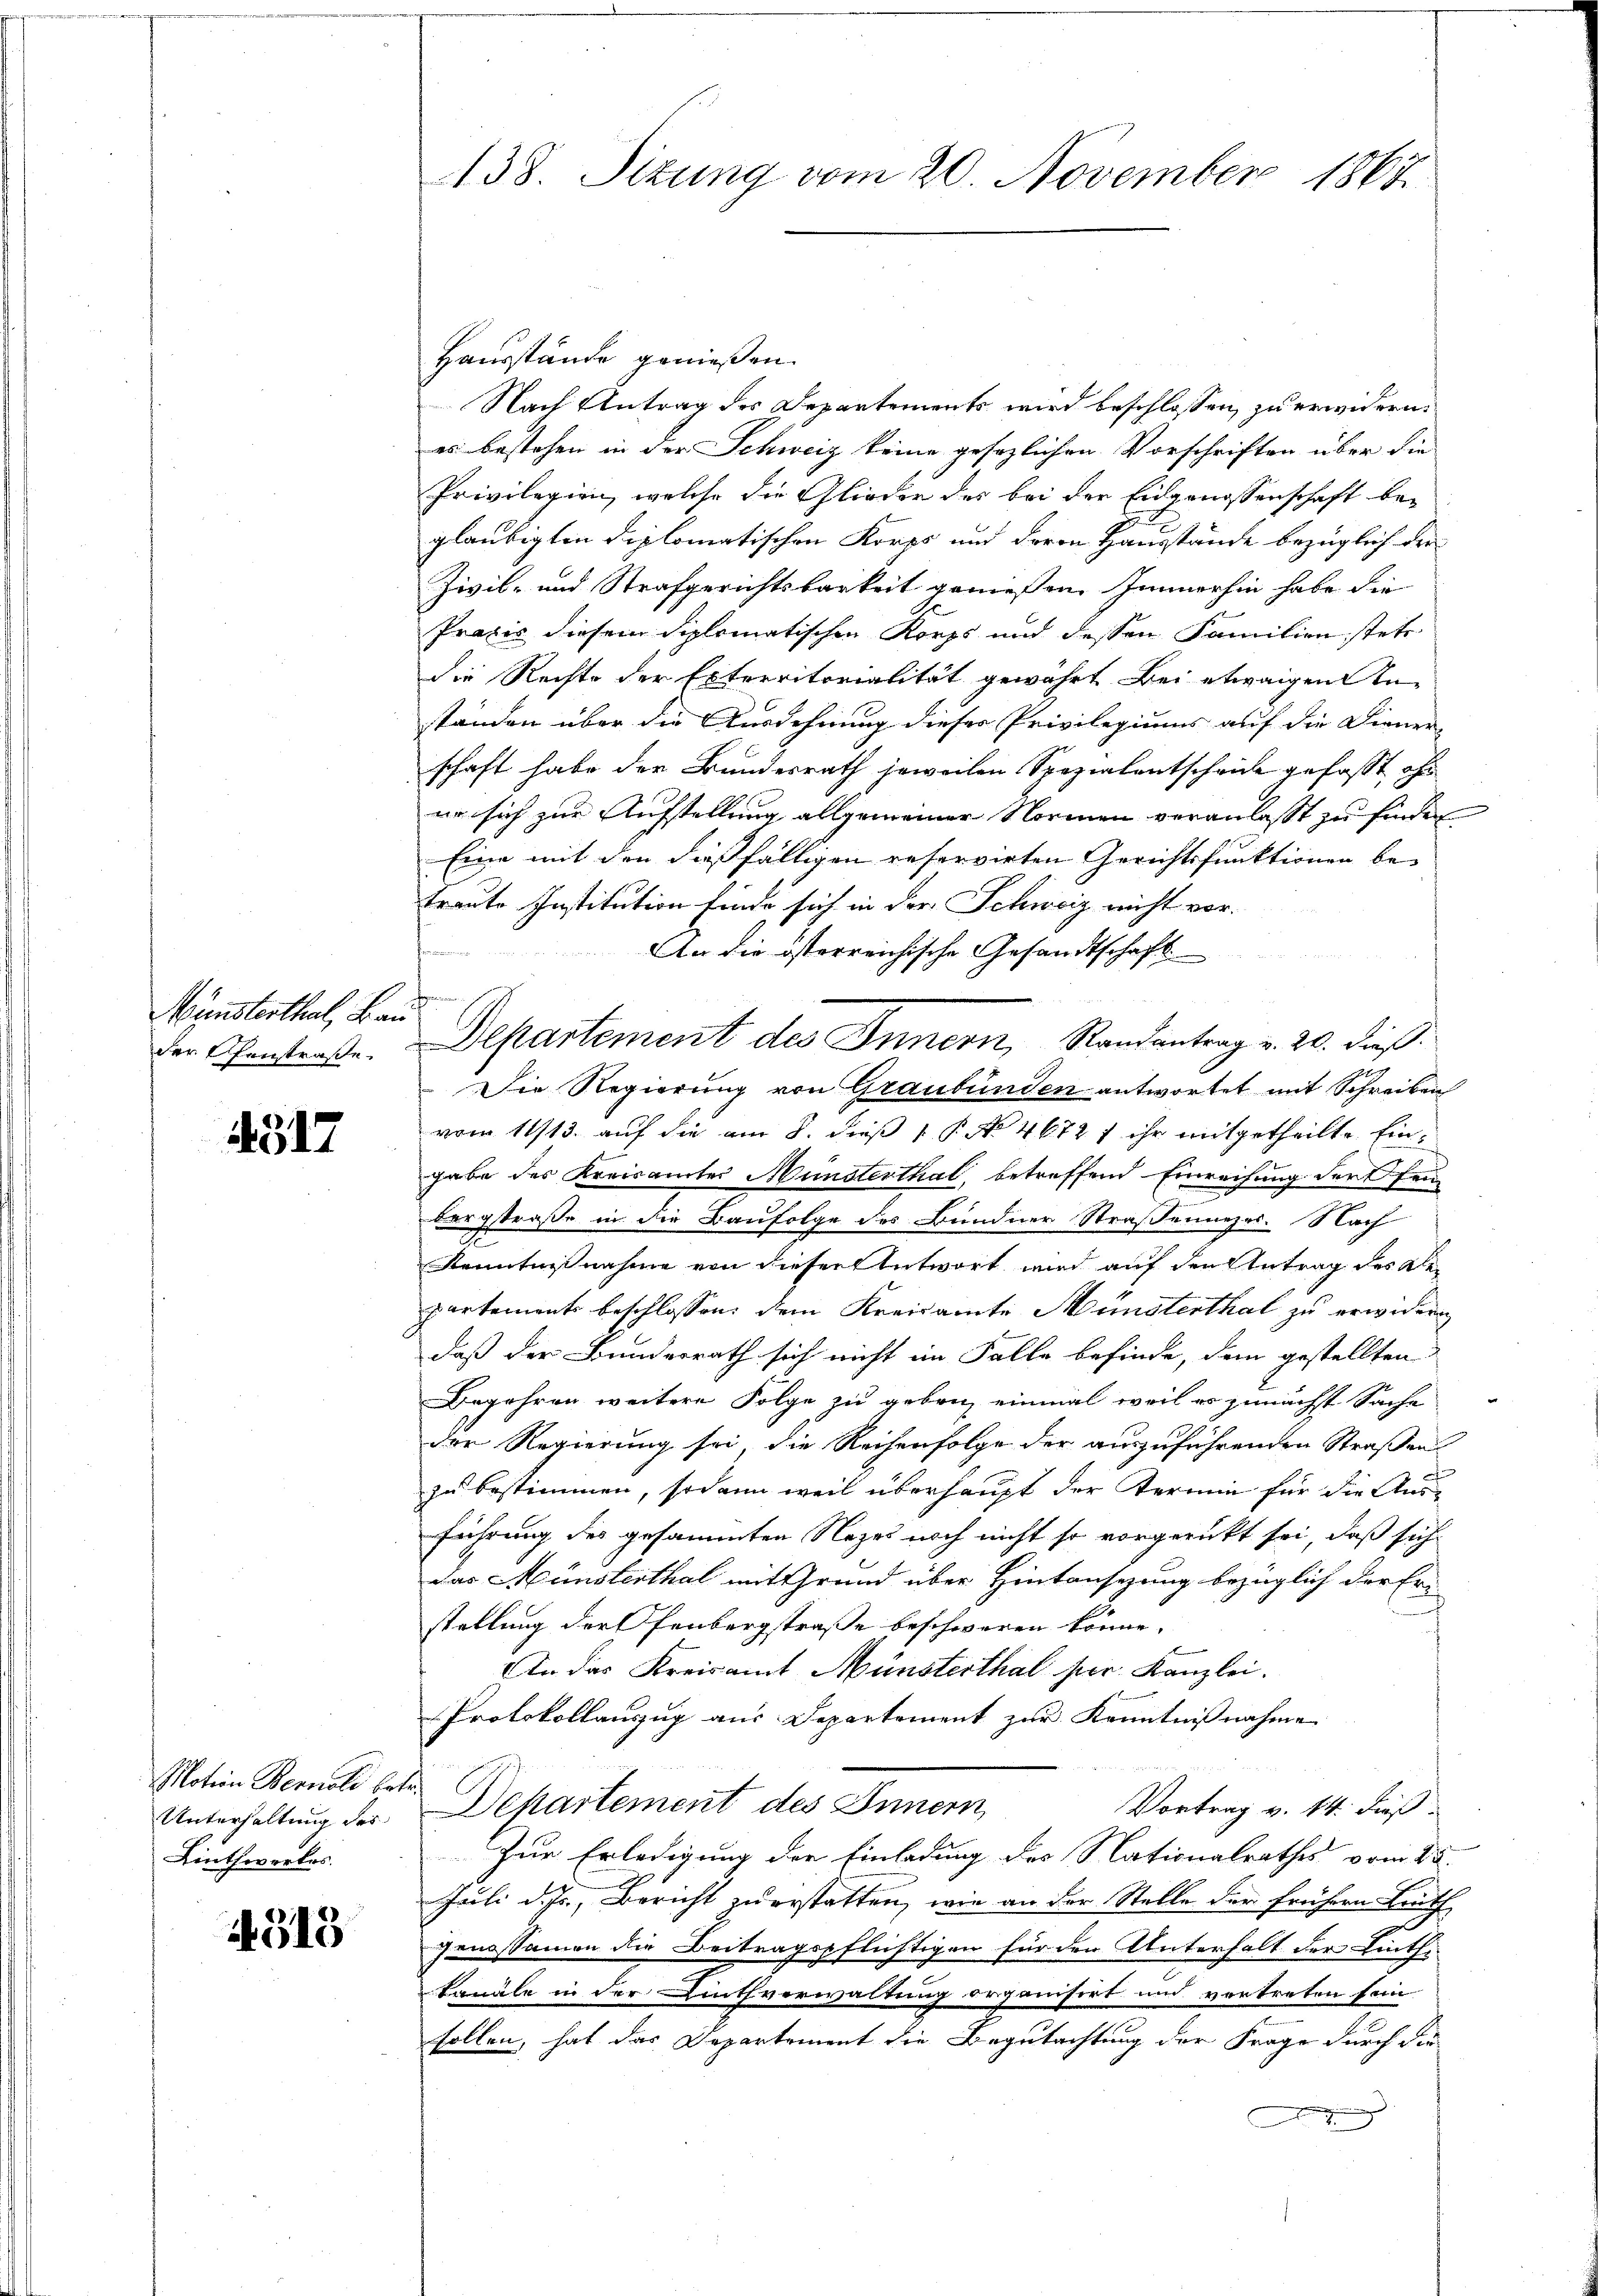
Münsterthal, Bau
der Ehenstraße.

317

Motion Bernold bet
Unterhaltung des
Linthwerkes.

44515

438. Sizung vom 20. November 1867.

Hausstände genießen.
Nach Antrag des Departements wird beschlossen, zu erwidern.
es bestehen in der Schweiz keine gesezlichen Vorschriften über die
Privilegien, welche die Glieder des bei der Eidgenossenschaft begläubigten diplomatischen Korps und deren Hausstände bezüglich der
Zivil- und Strafgerichtsbarkeit genießen. Immerhin habe die
Praxis diesem diplomatischen Korps und dessen Familien stets
die Rechte der Exterritorialität gewährt bei etwaigen Anständen über die Ausdehnung dieser Privilegiums auf die Diener-
schaft habe der Bundesrath jeweilen Spezialentschrice gefasst oft
er sich zur Aufstellung allgemeiner Normen veranlasst zu finden
Eine mit den dießfälligen reservirten Gerichtsfunktionen be¬
Traute Institution finde sich in der Schweiz nicht vor.
An die österreichische Gesandtschaft
Die Regierung von Graubünden antwortet mit Schreiben
vom 1113. auf die am 8. dieß P. No 4672f ihr mitgetheilte Eingabe des Kreisamtes Münsterthal, betreffend Einreihung der fei
bergstraße in die Baufolge des Bundner Straßenners. Nach
Kenntnißnahme von dieser Antwort wird auf den Antrag des Ale-
partements beschlossen: dem Kreisamte Münsterthal zu erwidern
daß der Bunderrath sich nicht im Falle befinde, dem gestellten
Begehren weitere Folge zu geben, einmal weil es zunächst Sache
der Regierung sei, die Reihenfolge der auszuführenden Straßen
zu bestimmen, sodann weil überhaupt der Termin für die Ausführung des gesammten Nezes noch nicht so vorgerückt sei, daß sich
das Münsterthal mit Grund über Hintansezung bezüglich der Fri
stellung der Ofenbergstraße beschweren könne.
In das Kreisamt Münsterthal ser Kanzlei.
Protokollauszug aus Departement zur Kenntnißnahme
h
Departement des Innern,
Vortrag v. 14. dieß
Zur Erledigung der Einladung des Nationalrathes vom 25.
Juli d. Js., Bericht zuerstatten, wie an der Stelle der frühern Bruth
genossamen die Beitragspflichtigen für den Unterhalt der Linthe
konale in der Authverwaltung organisirt und vortreten sein
sollen, hat das Departement die Begutachtung der Frage durch die

Departement des Innern, Randantrag v. 20. dieß